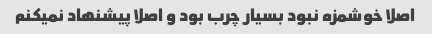
اصلا خوشمزه نبود بسیار چرب بود و اصلا پیشنهاد نمیکنم